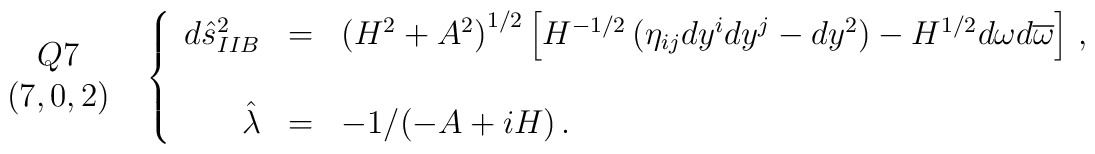
\begin{array}{c}Q7\\(7,0,2)\\\end{array}\,\,\,\left\{\begin{array}{rcl}d\hat{s}^{2}_{IIB} & = & \left(H^{2}+A^{2}\right)^{1/2}\left[H^{-1/2}\left( \eta_{ij}dy^{i}dy^{j} -dy^{2}\right)-H^{1/2}d\omega d\overline{\omega}\right]\, ,\\& & \\\hat{\lambda} & = & -1/(-A +iH)\, .\\\end{array}\right.